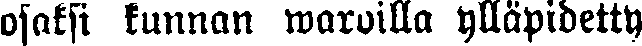
osaksi kunnan waroilla ylläpidetty